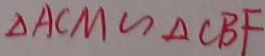
\Delta A C M \sim \Delta C B F